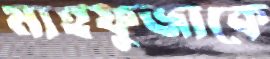
মাহফুজাকে